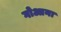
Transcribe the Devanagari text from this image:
गोआना